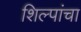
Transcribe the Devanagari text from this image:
शिल्पांचा